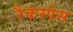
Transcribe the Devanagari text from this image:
रैकस्पेस